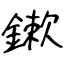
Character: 鏉